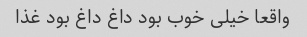
واقعا خیلی خوب بود داغ داغ بود غذا